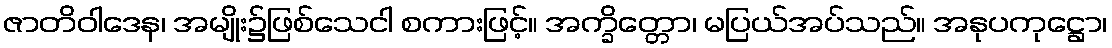
ဇာတိဝါဒေန၊ အမျိုး၌ဖြစ်သေငါ စကားဖြင့်။ အက္ခိတ္တော၊ မပြယ်အပ်သည်။ အနုပကုဋ္ဌော၊